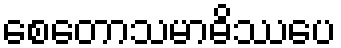
စေတောသမာဓိဿပေ